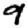
Digit: 9